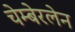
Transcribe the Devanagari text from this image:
चेम्बेरलेन